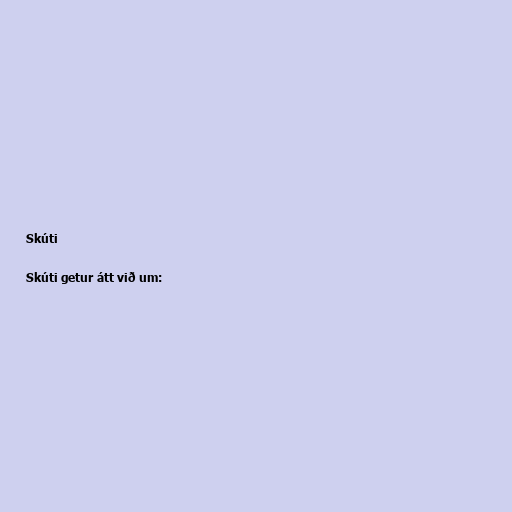
Skúti

Skúti getur átt við um: